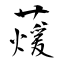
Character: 蕿